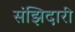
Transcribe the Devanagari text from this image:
संझिदारी